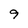
Character: 9